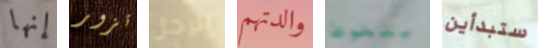
إنها تزور الرجل والدتهم يتغوط ستبدأين